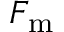
F _ { \mathrm { m } }